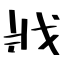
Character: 戕